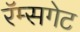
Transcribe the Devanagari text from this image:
रॅम्सगेट